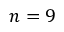
n = 9